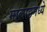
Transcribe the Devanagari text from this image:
मालाडमध्ये